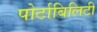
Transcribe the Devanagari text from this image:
पोर्टाबिलिटी